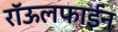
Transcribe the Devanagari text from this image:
रॉऊलफाईन